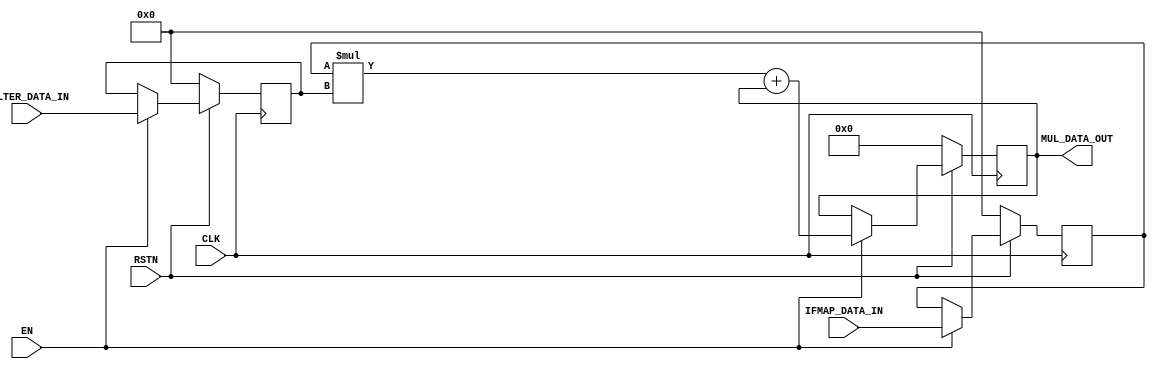
module MAC
#(
    parameter DATA_BW = 8
)(
    input CLK, 
    input RSTN, 
    input EN,
    input signed [DATA_BW-1:0] IFMAP_DATA_IN,
    input signed [DATA_BW-1:0] FILTER_DATA_IN,
    output signed [2*DATA_BW-1:0] MUL_DATA_OUT
);

reg signed [2*DATA_BW-1:0] mult_result_reg;
reg signed [DATA_BW-1:0] ifmap_data_in_buf;
reg signed [DATA_BW-1:0] filter_data_in_buf;

assign MUL_DATA_OUT = mult_result_reg;

always @(posedge CLK) begin
    if(!RSTN) begin
        ifmap_data_in_buf <= 0;
        filter_data_in_buf <= 0;
        mult_result_reg <= 0;
    end
    else if(EN) begin
        ifmap_data_in_buf <= IFMAP_DATA_IN;
        filter_data_in_buf <= FILTER_DATA_IN;
        mult_result_reg <= ifmap_data_in_buf * filter_data_in_buf + mult_result_reg;
    end
end

endmodule